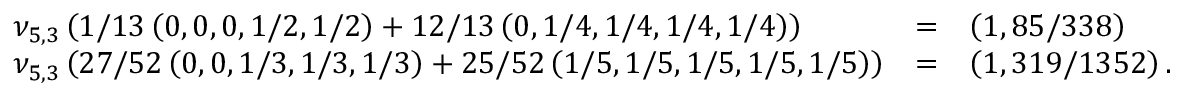
\begin{array} { r } { \begin{array} { l l l l } & { \nu _ { 5 , 3 } \left( 1 / 1 3 \left( 0 , 0 , 0 , 1 / 2 , 1 / 2 \right) + 1 2 / 1 3 \left( 0 , 1 / 4 , 1 / 4 , 1 / 4 , 1 / 4 \right) \right) } & { = } & { \left( 1 , 8 5 / 3 3 8 \right) } \\ & { \nu _ { 5 , 3 } \left( 2 7 / 5 2 \left( 0 , 0 , 1 / 3 , 1 / 3 , 1 / 3 \right) + 2 5 / 5 2 \left( 1 / 5 , 1 / 5 , 1 / 5 , 1 / 5 , 1 / 5 \right) \right) } & { = } & { \left( 1 , 3 1 9 / 1 3 5 2 \right) . } \end{array} } \end{array}